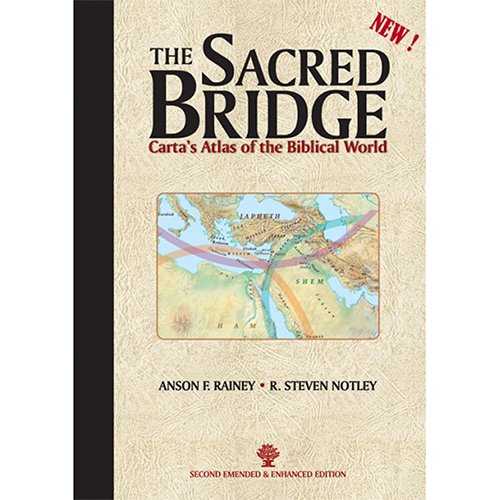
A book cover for The Sacred Bridge; Anson F. Rainey; Christian Books & Bibles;